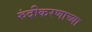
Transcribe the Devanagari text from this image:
रुंदीकरणाच्या